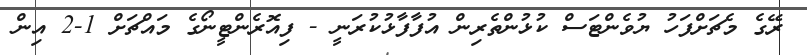
ރޭގެ މެޗަށްފަހު ޔުވެންޓަސް ކުޅުންތެރިން އުފާފާޅުކުރަނީ - ފިއޮރެންޓީނޯގެ މައްޗަށް 1-2 އިން